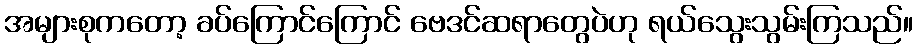
အများစုကတော့ ခပ်ကြောင်ကြောင် ဗေဒင်ဆရာတွေပဲဟု ရယ်သွေးသွမ်းကြသည်။